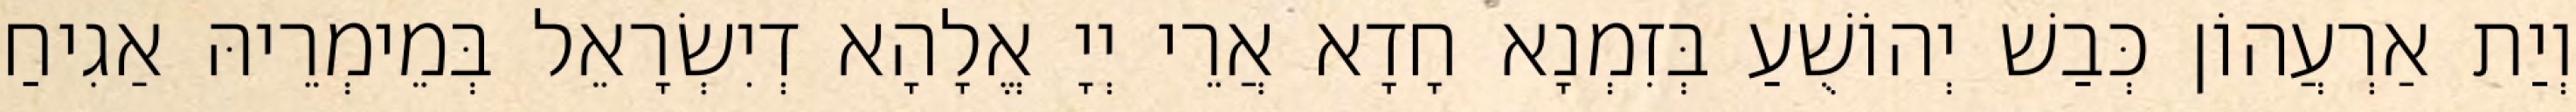
וְיַת אַרְעֲהוֹן כְּבַשׁ יְהוֹשֻׁעַ בְּזִמְנָא חָדָא אֲרֵי יְיָ אֱלָהָא דְיִשְׂרָאֵל בְּמֵימְרֵיהּ אַגִיחַ